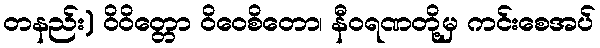
တနည်း) ဝိဝိတ္တော ဝိဝေစိတော၊ နီဝရဏတို့မှ ကင်းစေအပ်